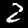
Label: 2